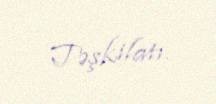
Təşkilatı.